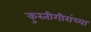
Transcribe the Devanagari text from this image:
कुस्तीगीरांच्या